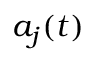
a _ { j } ( t )